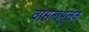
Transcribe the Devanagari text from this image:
वासनामूलक